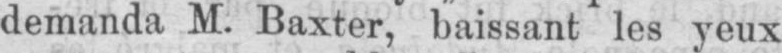
demanda M. Baxter, baissant les yeux